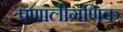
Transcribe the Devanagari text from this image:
प्रणालीगणिक